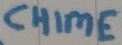
Text: CHIME